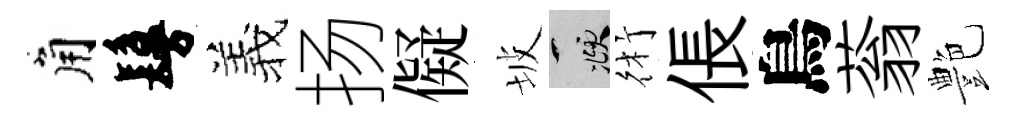
角鬘羲扬儗坡頫術倀鳥蓊艶